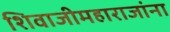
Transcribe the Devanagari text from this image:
शिवाजीमहाराजांना